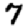
Digit: 7